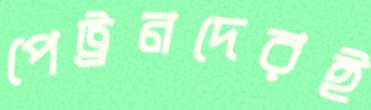
পেট্রনদেরই